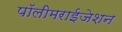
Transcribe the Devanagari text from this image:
पॉलीमराईजेशन